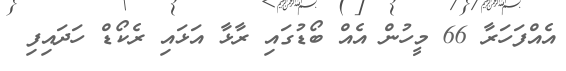
އެއްފަހަރާ 66 މީހުން އެއް ބޯޑުގައި ރާޅާ އަޅައި ރެކޯޑް ހަދައިފި